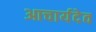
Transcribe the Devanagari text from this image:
आचार्यदेव